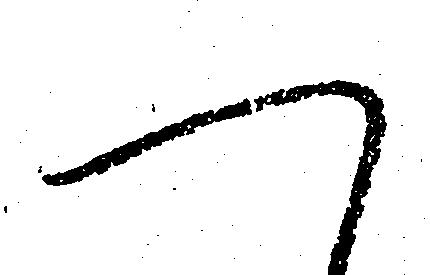
へ